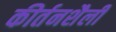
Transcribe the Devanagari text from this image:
कीर्तनशैली